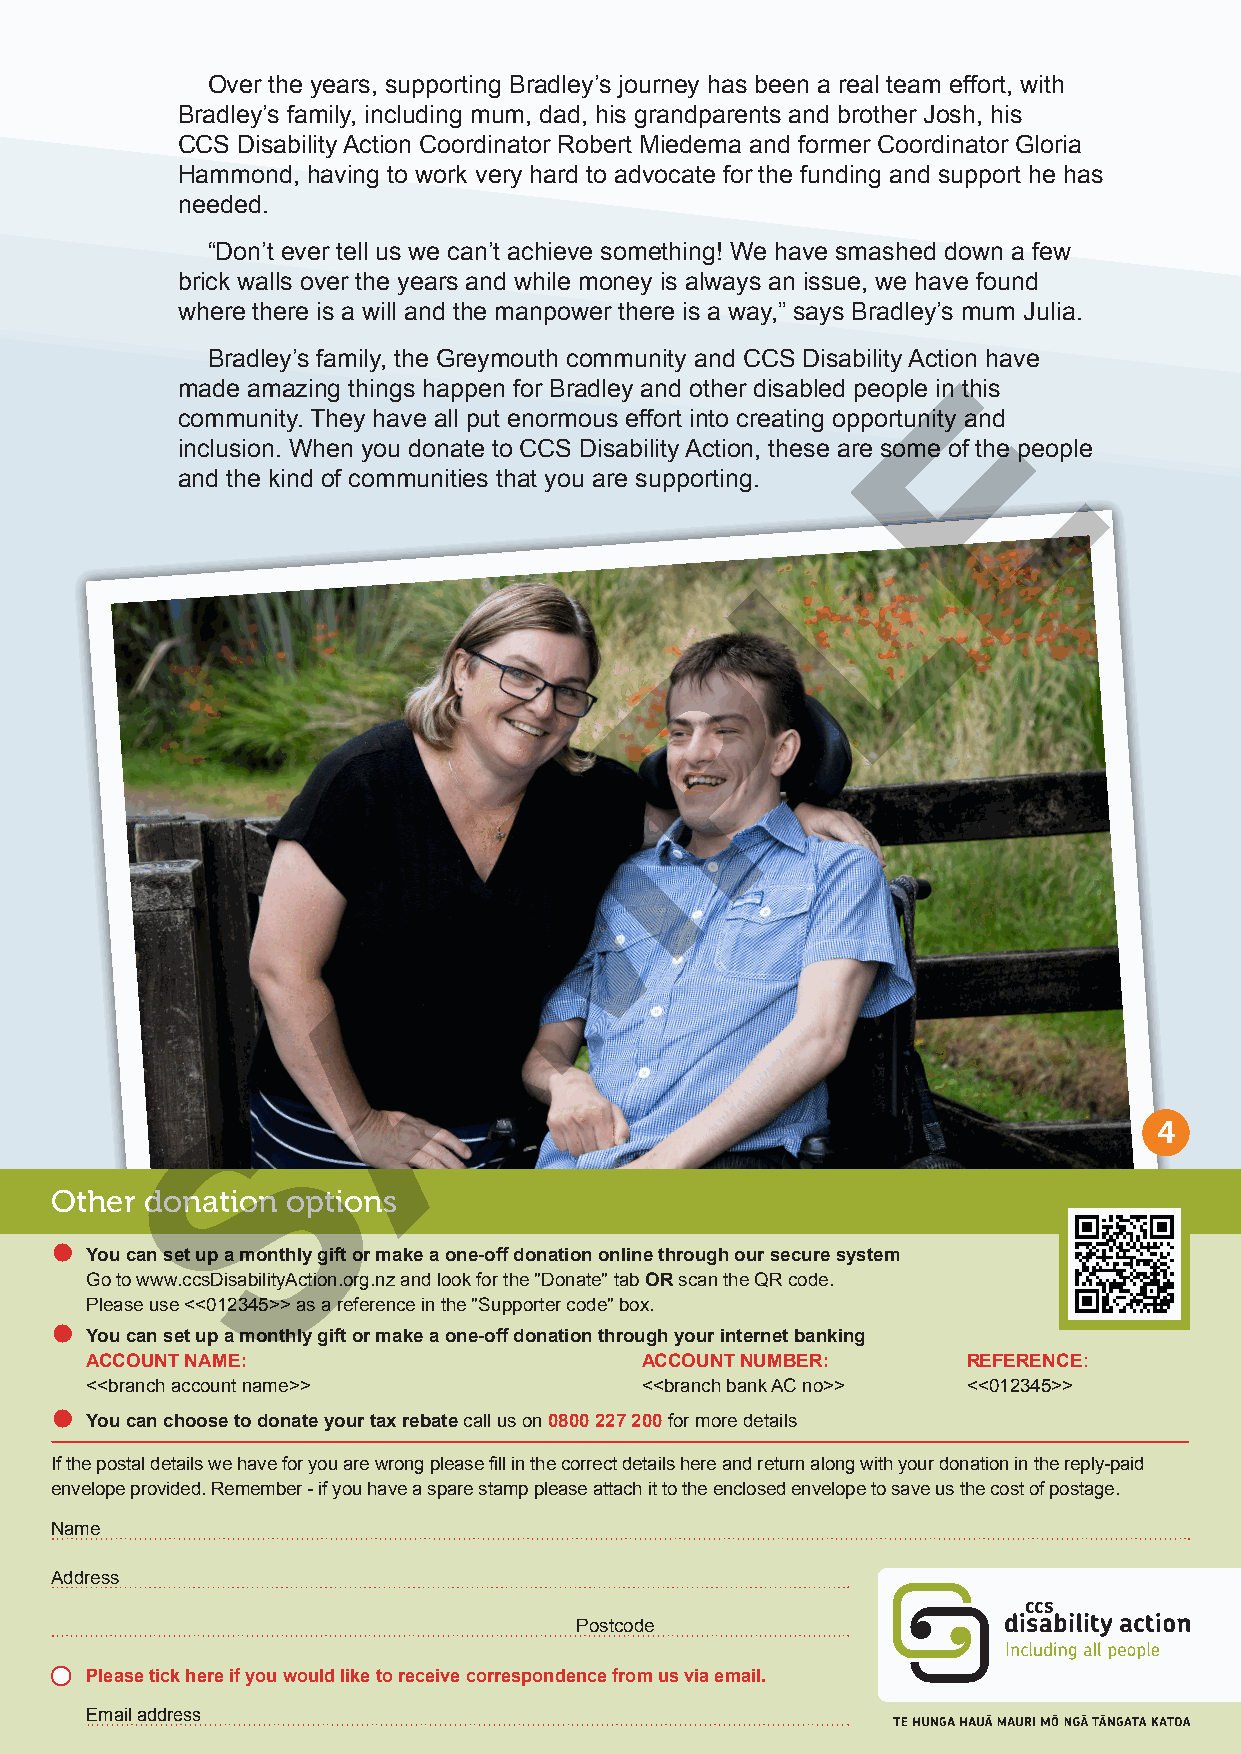
Over the years, supporting Bradley’s journey has been a real team effort, with
 Bradley’s family, including mum, dad, his grandparents and brother Josh, his
 CCS Disability Action Coordinator Robert Miedema and former Coordinator Gloria
 Hammond, having to work very hard to advocate for the funding and support he has
 needed.
 “Don’t ever tell us we can’t achieve something! We have smashed down a few
 brick walls over the years and while money is always an issue, we have found
 where there is a will and the manpower there is a way,” says Bradley’s mum Julia.
 Bradley’s family, the Greymouth community and CCS Disability ActioEn have
 made amazing things happen for Bradley and other disabled people in this
 community. They have all put enormous effort into creating opportunity and
 inclusion. When you donate to CCS Disability Action, these are some of the people
 and the kind of communities that you are supporting.
 L
 P
 M
 A
 S
 44
 Other  donation options
 z
 You can set up a monthly gift or make a one-off donation online through our secure system
 Go to www.ccsDisabilityAction.org.nz and look for the "Donate" tab OR scan the QR code.
 Please use <<012345>> as a reference in the "Supporter code" box.
 z
 You can set up a monthly gift or make a one-off donation through your internet banking
 ACCOUNT NAME:                       ACCOUNT NUMBER:       REFERENCE:
 <<branch account name>>             <<branch bank AC no>> <<012345>>
 z
 You can choose to donate your tax rebate call us on 0800 227 200 for more details
 If the postal details we have for you are wrong please fill in the correct details here and return along with your donation in the reply-paid
 envelope provided. Remember - if you have a spare stamp please attach it to the enclosed envelope to save us the cost of postage.
 Name
 Address
 Postcode
 Please tick here if you would like to receive correspondence from us via email.
 Email address